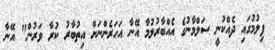
ފިލުމުގައި ދެއްކުނީ ސަލްމާނުގެ އެއްބާރުލުމާ އޭނާ އަހަރެންނަށް އިތުބާރު ކުރާ ވަރުން" އޭނާ